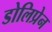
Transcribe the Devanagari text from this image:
डोलिप्रेन